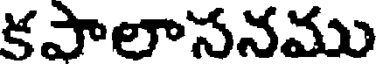
కపాలాసనము